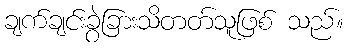
ချက်ချင်းခွဲခြားသိတတ်သူဖြစ် သည်။